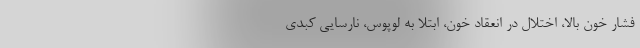
فشار خون بالا، اختلال در انعقاد خون، ابتلا به لوپوس، نارسایی کبدی